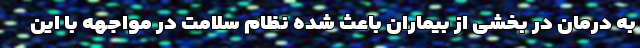
به درمان در بخشی از بیماران باعث شده نظام سلامت در مواجهه با این